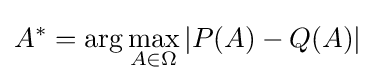
A^{*}=\arg \max _{A\in \Omega }|P(A)-Q(A)|